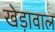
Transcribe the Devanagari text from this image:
खेड़ावाल